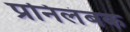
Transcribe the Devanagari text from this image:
प्रनिलंबक